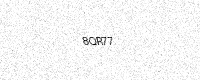
Text: 8QR77